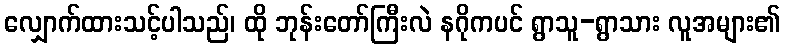
လျှောက်ထားသင့်ပါသည်၊ ထို ဘုန်းတော်ကြီးလဲ နဂိုကပင် ရွာသူ-ရွာသား လူအများ၏